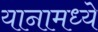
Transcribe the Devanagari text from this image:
यानामध्ये